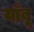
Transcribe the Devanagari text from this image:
याँबू